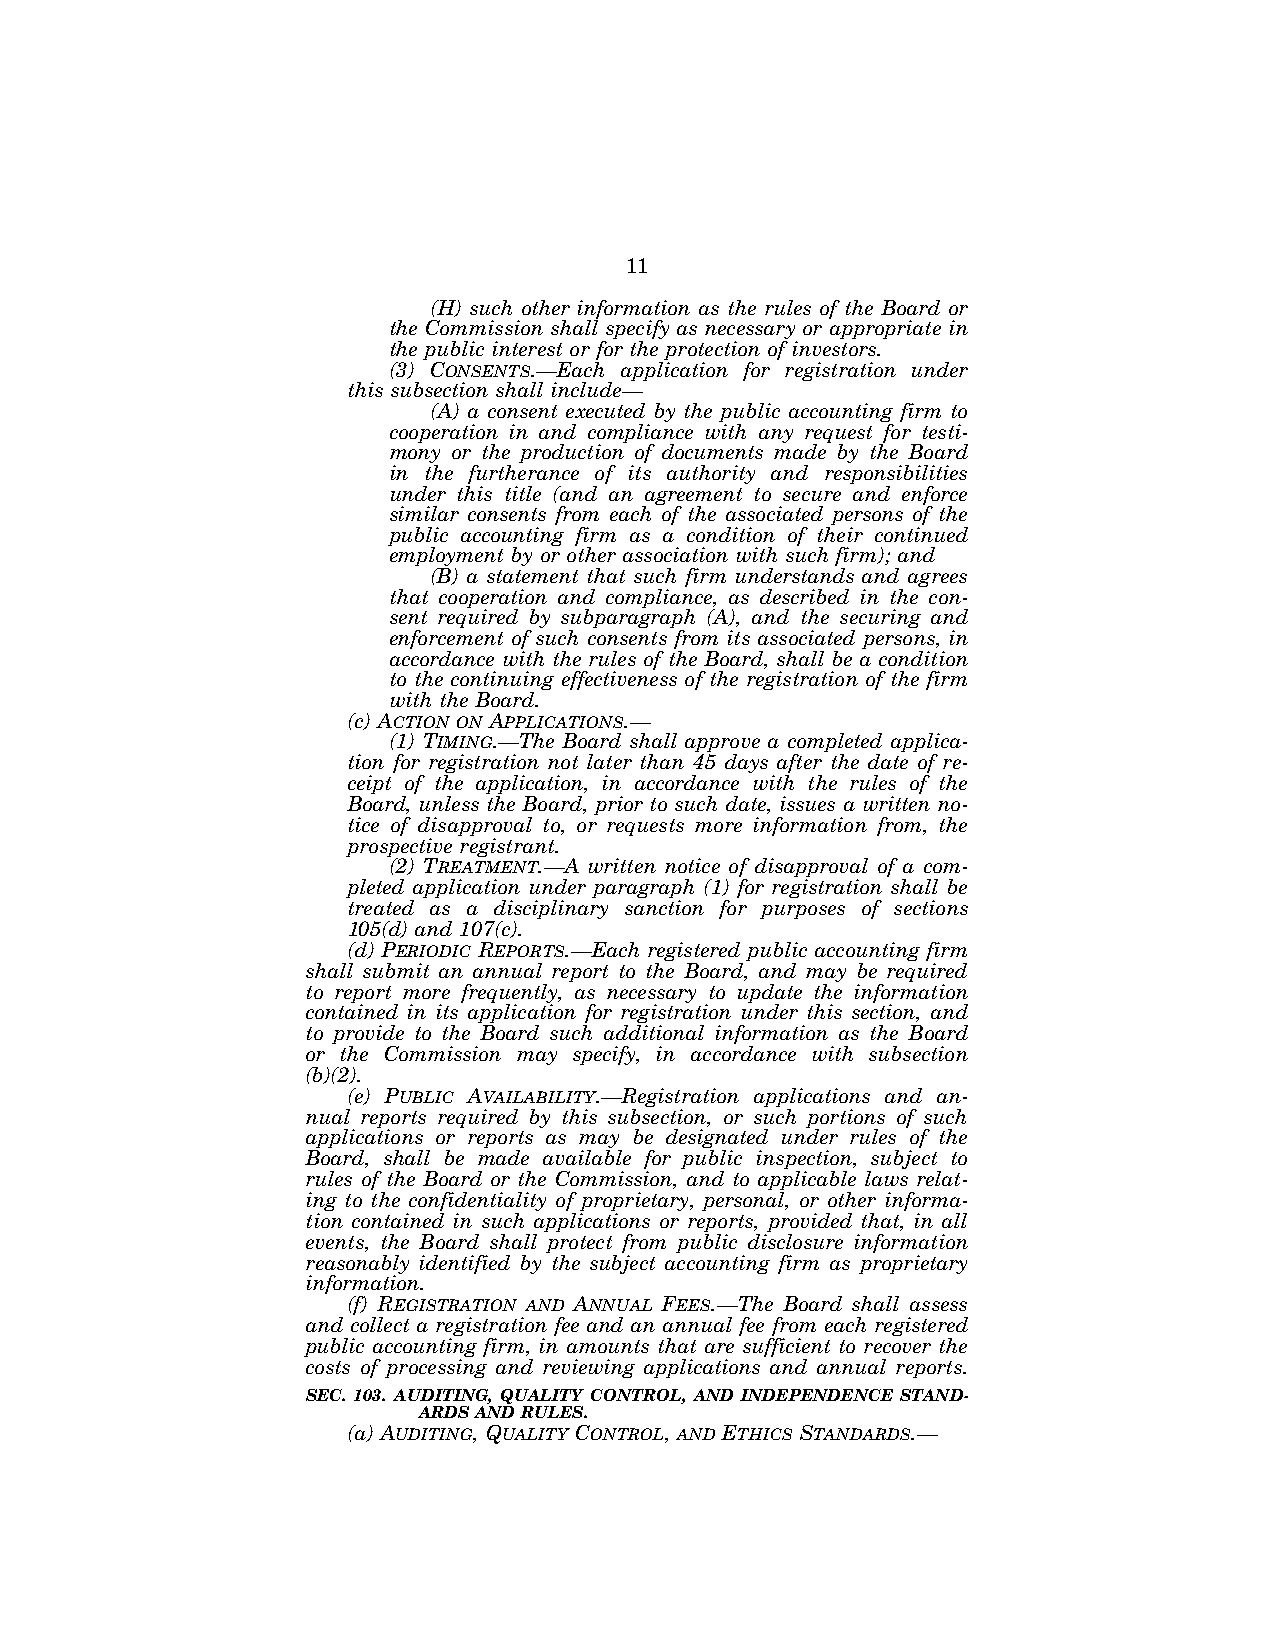
11
 (H) such other information as the rules of the Board or
 the Commission shall specify as necessary or appropriate in
 the public interest or for the protection of investors.
 (3) CONSENTS.—Each application for registration under
 this subsection shall include—
 (A) a consent executed by the public accounting firm to
 cooperation in and compliance with any request for testi-
 mony or the production of documents made by the Board
 in the furtherance of its authority and responsibilities
 under this title (and an agreement to secure and enforce
 similar consents from each of the associated persons of the
 public accounting firm as a condition of their continued
 employment by or other association with such firm); and
 (B) a statement that such firm understands and agrees
 that cooperation and compliance, as described in the con-
 sent required by subparagraph (A), and the securing and
 enforcement of such consents from its associated persons, in
 accordance with the rules of the Board, shall be a condition
 to the continuing effectiveness of the registration of the firm
 with the Board.
 (c) ACTION ON APPLICATIONS.—
 (1) TIMING.—The Board shall approve a completed applica-
 tion for registration not later than 45 days after the date of re-
 ceipt of the application, in accordance with the rules of the
 Board, unless the Board, prior to such date, issues a written no-
 tice of disapproval to, or requests more information from, the
 prospective registrant.
 (2) TREATMENT.—A written notice of disapproval of a com-
 pleted application under paragraph (1) for registration shall be
 treated as a disciplinary sanction for purposes of sections
 105(d) and 107(c).
 (d) PERIODIC REPORTS.—Each registered public accounting firm
 shall submit an annual report to the Board, and may be required
 to report more frequently, as necessary to update the information
 contained in its application for registration under this section, and
 to provide to the Board such additional information as the Board
 or the Commission may specify, in accordance with subsection
 (b)(2).
 (e) PUBLIC AVAILABILITY.—Registration applications and an-
 nual reports required by this subsection, or such portions of such
 applications or reports as may be designated under rules of the
 Board, shall be made available for public inspection, subject to
 rules of the Board or the Commission, and to applicable laws relat-
 ing to the confidentiality of proprietary, personal, or other informa-
 tion contained in such applications or reports, provided that, in all
 events, the Board shall protect from public disclosure information
 reasonably identified by the subject accounting firm as proprietary
 information.
 (f) REGISTRATION AND ANNUAL FEES.—The Board shall assess
 and collect a registration fee and an annual fee from each registered
 public accounting firm, in amounts that are sufficient to recover the
 costs of processing and reviewing applications and annual reports.
 SEC. 103. AUDITING, QUALITY CONTROL, AND INDEPENDENCE STAND-
 ARDS AND RULES.
 (a) AUDITING, QUALITY CONTROL, AND ETHICS STANDARDS.—
 VerDate Jul 19 2002 16:35 Jul 25, 2002 Jkt 080361 PO 00000 Frm 00011 Fmt 6659 Sfmt 6603 E:\HR\OC\HR610.XXX pfrm15 PsN: HR610